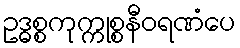
ဥဒ္ဓစ္စကုက္ကုစ္စနီဝရဏံပေ